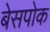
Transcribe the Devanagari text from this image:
बेसपोक